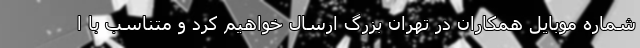
شماره موبایل همکاران در تهران بزرگ ارسال خواهیم کرد و متناسب با ا